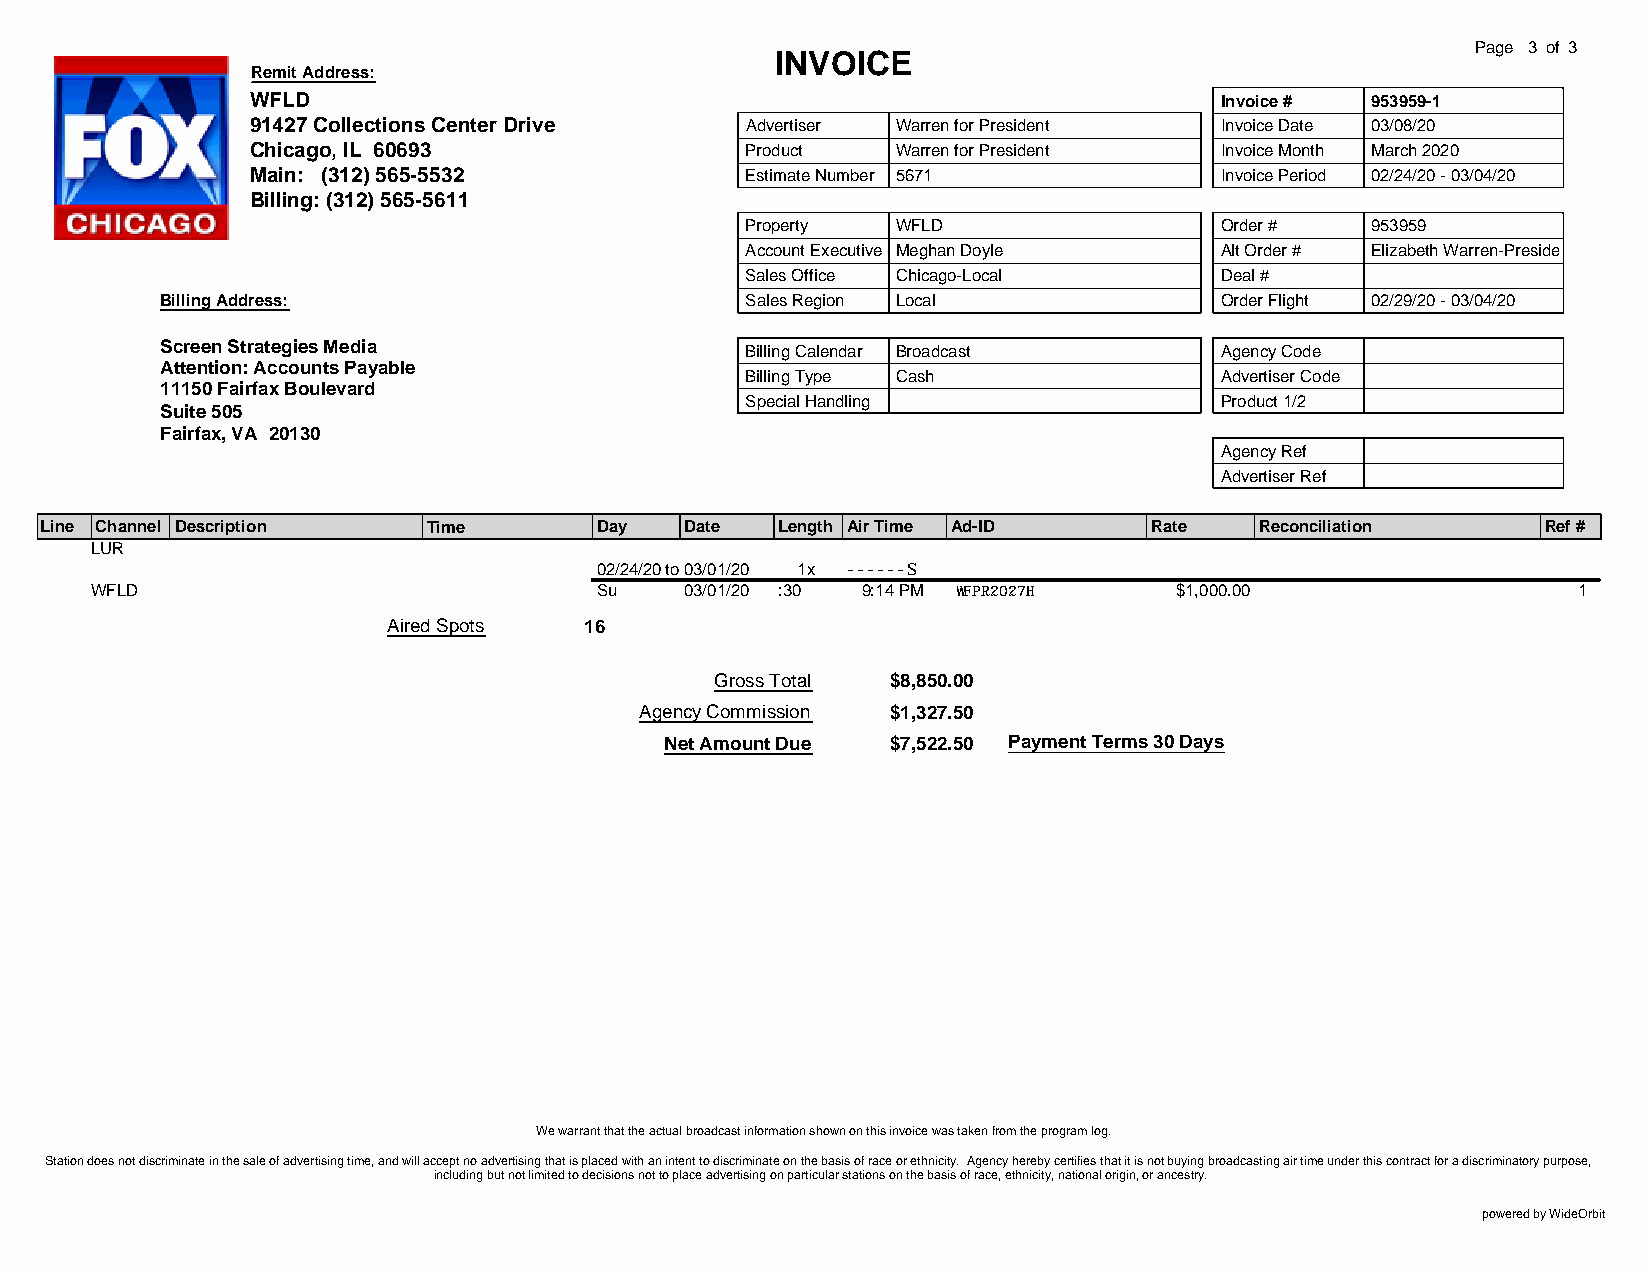
Page 3 of 3
 INVOICE
 Remit Address:
 WFLD                                                            Invoice # 953959-1
 91427 Collections Center Drive  Advertiser Warren for President Invoice Date 03/08/20
 Chicago, IL 60693               Product   Warren for President  Invoice Month March 2020
 Main: (312) 565-5532            Estimate Number 5671            Invoice Period 02/24/20 - 03/04/20
 Billing: (312) 565-5611
 Property  WFLD                  Order #   953959
 Account Executive Meghan Doyle  Alt Order # Elizabeth Warren-President-D
 Sales Office Chicago-Local      Deal #
 Billing Address:                      Sales Region Local              Order Flight 02/29/20 - 03/04/20
 Screen Strategies Media               Billing Calendar Broadcast      Agency Code
 Attention: Accounts Payable
 Billing Type Cash               Advertiser Code
 11150 Fairfax Boulevard
 Special Handling                Product 1/2
 Suite 505
 Fairfax, VA 20130
 Agency Ref
 Advertiser Ref
 Line Channel Description Time       Day   Date  Length Air Time Ad-ID    Rate   Reconciliation     Ref #
 LUR
 02/24/20to03/01/20 1x ------S
 WFLD                             Su    03/01/20 :30 9:14 PM WFPR2027H   $1,000.00                 1
 Aired Spots  16
 Gross Total $8,850.00
 Agency Commission $1,327.50
 Net Amount Due $7,522.50 Payment Terms 30 Days
 We warrant that the actual broadcast information shown on this invoice was taken from the program log.
 Station does not discriminate in the sale of advertising time, and will accept no advertising that is placed with an intent to discriminate on the basis of race or ethnicity. Agency hereby certifies that it is not buying broadcasting air time under this contract for a discriminatory purpose,
 including but not limited to decisions not to place advertising on particular stations on the basis of race, ethnicity, national origin, or ancestry.
 powered by WideOrbit